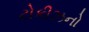
ટોકીઝનો